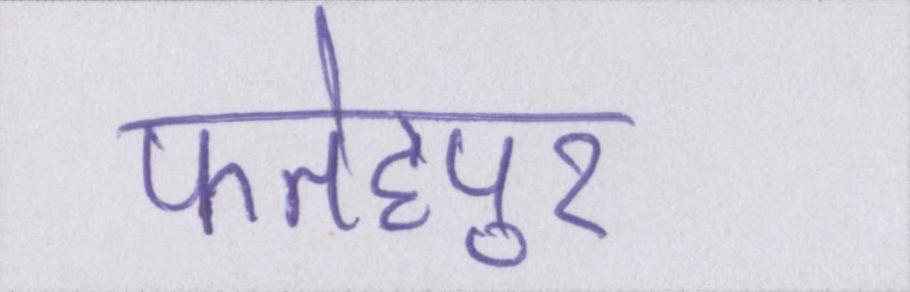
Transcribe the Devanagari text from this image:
फतेहपुर